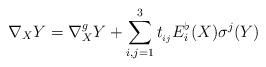
LaTeX: \begin{align*}\nabla_{X}Y=\nabla^{g}_{X}Y+\sum_{i,j=1}^{3}t_{_{ij}}E_{i}^{\flat}(X)\sigma^{j}(Y)\end{align*}